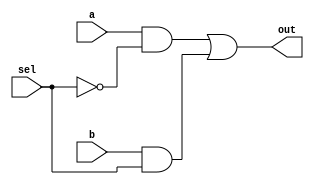
module mux_gate(
    input  a,
    input  b,
    input  sel,
    output out
);
    assign out = (a & ~sel) | (b & sel);
endmodule